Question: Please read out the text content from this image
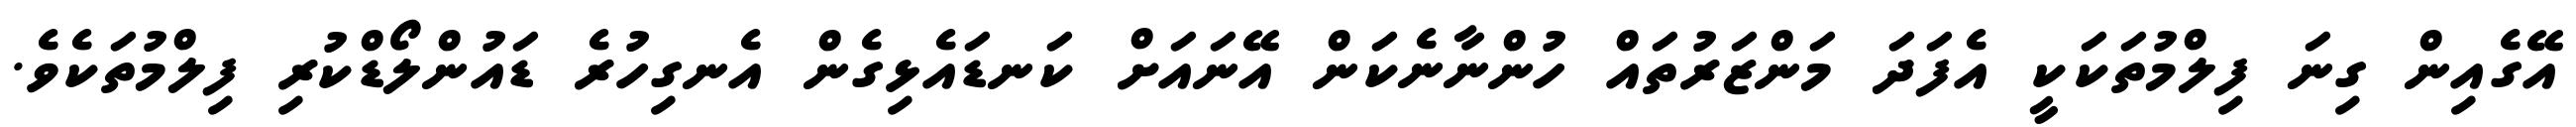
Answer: އޭގެއިން ގިނަ ފިލްމުތަކަކީ އެފަދަ މަންޒަރުތައް ހުންނާނެކަން އޭނައަށް ކަނޑައެޅިގެން އެނގިހުރެ ޑައުންލޯޑްކުރި ފިލްމުތަކެވެ.